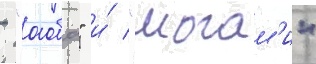
- "аоба" и́ "могам'и"